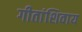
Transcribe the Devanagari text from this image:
गीतांशिवाय